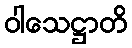
ဝါသေဋ္ဌာတိ